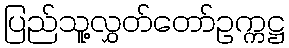
ပြည်သူ့လွှတ်တော်ဥက္ကဋ္ဌ